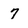
Character: 7